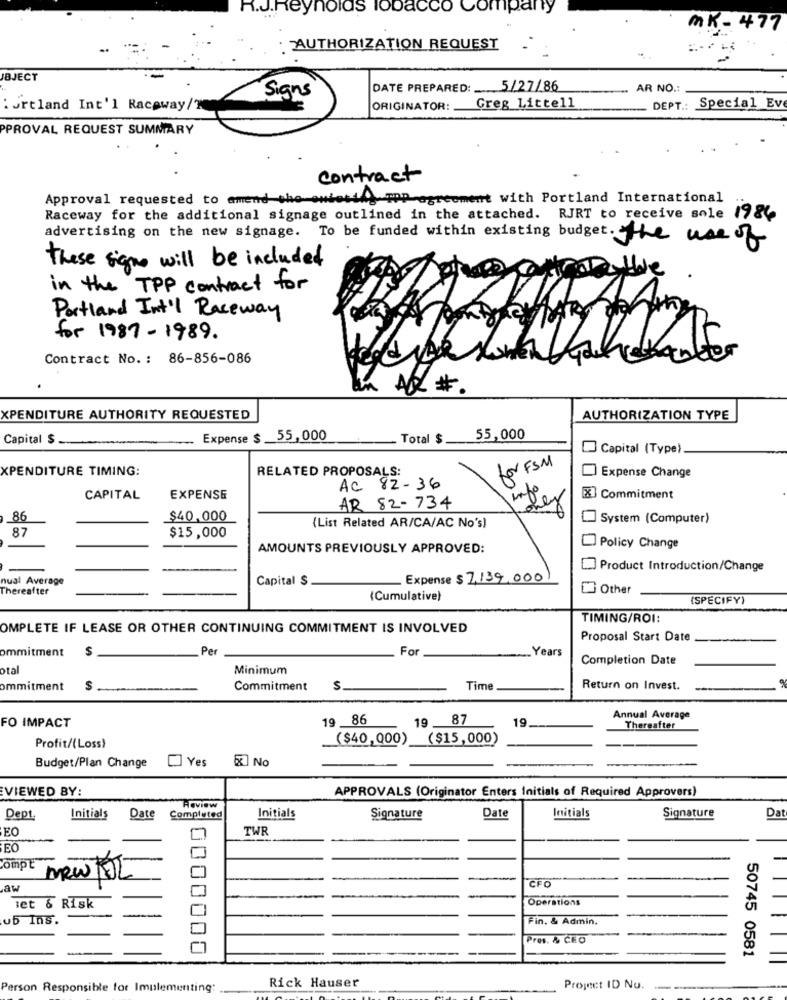
R.J.Reynolds Tobacco Company
MK - 477
AUTHORIZATION REQUEST
BJECT
DATE PREPARED: 5/27/86
AR NO .:
Signs
.Jrtland Int'l Raceway/T
ORIGINATOR:
Greg Littell
DEPT .: Special Ev
PPROVAL REQUEST SUMMARY
contract
Approval requested to amend the owiesid) TPD-agreement with Portland International
Raceway for the additional signage outlined in the attached. RJRT to receive sole 19&
advertising on the new signage. To be funded within existing budget. the use of
these signe will be included
in the TPP contract for
YRY
Portland Int'l Raceway
for 1987- 1989.
Contract No. : 86-856-086
ALL #.
XPENDITURE AUTHORITY REQUESTED
AUTHORIZATION TYPE
Capital $
Expense $ _55,000
Total $.
55,000
Capital (Type).
for FSM
XPENDITURE TIMING:
RELATED PROPOSALS:
Expense Change
AC 82-36
CAPITAL
EXPENSE
X] Commitment
AR 82-734
86
$40,000
System (Computer)
87
$15,000
(List Related AR/CA/AC No's)
AMOUNTS PREVIOUSLY APPROVED:
Policy Change
Product Introduction/Change
nual Average
Capital $
Expense $ 7,139.000
Thereafter
Other
(Cumulative)
(SPECIFY)
TIMING/ROI:
OMPLETE IF LEASE OR OTHER CONTINUING COMMITMENT IS INVOLVED
Proposal Start Date
ommitment
S
Per
For
Years
Completion Date
otal
Minimum
ommitment
$
Commitment
S
Time
Return on Invest.
19 86
19
87
Annual Average
FO IMPACT
19 ____
Thereafter
($40,000)
($15,000)
Profit/(Loss)
Budget/Plan Change
Yes
& No
VIEWED BY:
APPROVALS (Originator Enters Initials of Required Approvers)
Review
Date
Initials
Dept.
Initials
Date
Completed
Initials
Signature
Signature
Da
EO
TWR
EO
ComPE
DRWAL
CFO
aw
Operations
set & Risk
ub Ins.
Fin. & Admin.
Pres. & CEO
0000000
50745 0581
Rick Hauser
Person Responsible for Implementing:
Project ID No.